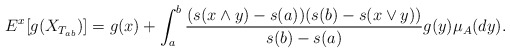
\begin{align*}E^x[g(X_{T_{ab}})]=g(x)+ \int_a^b \frac{(s(x\wedge y)-s(a))(s(b)-s(x\vee y))}{s(b)-s(a)}g(y)\mu_A(dy).\end{align*}